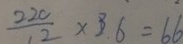
\frac { 2 2 0 } { 2 } \times 3 . 6 = 6 6